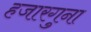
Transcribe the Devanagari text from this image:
हजारगुना